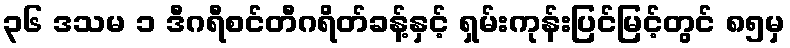
၃၆ ဒသမ ၁ ဒီဂရီစင်တီဂရိတ်ခန့်နှင့် ရှမ်းကုန်းပြင်မြင့်တွင် ၈၅မှ